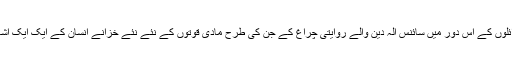
مصنوعی سیاروں اور میزائلوں کے اس دور میں سائنس الہ دین والے روایتی چراغ کے جن کی طرح مادی قوتوں کے نئے نئے خزانے انسان کے ایک ایک اشارے پر بہم پہنچا رہی ہے۔